Trukikaitis_Postimees, lk 186
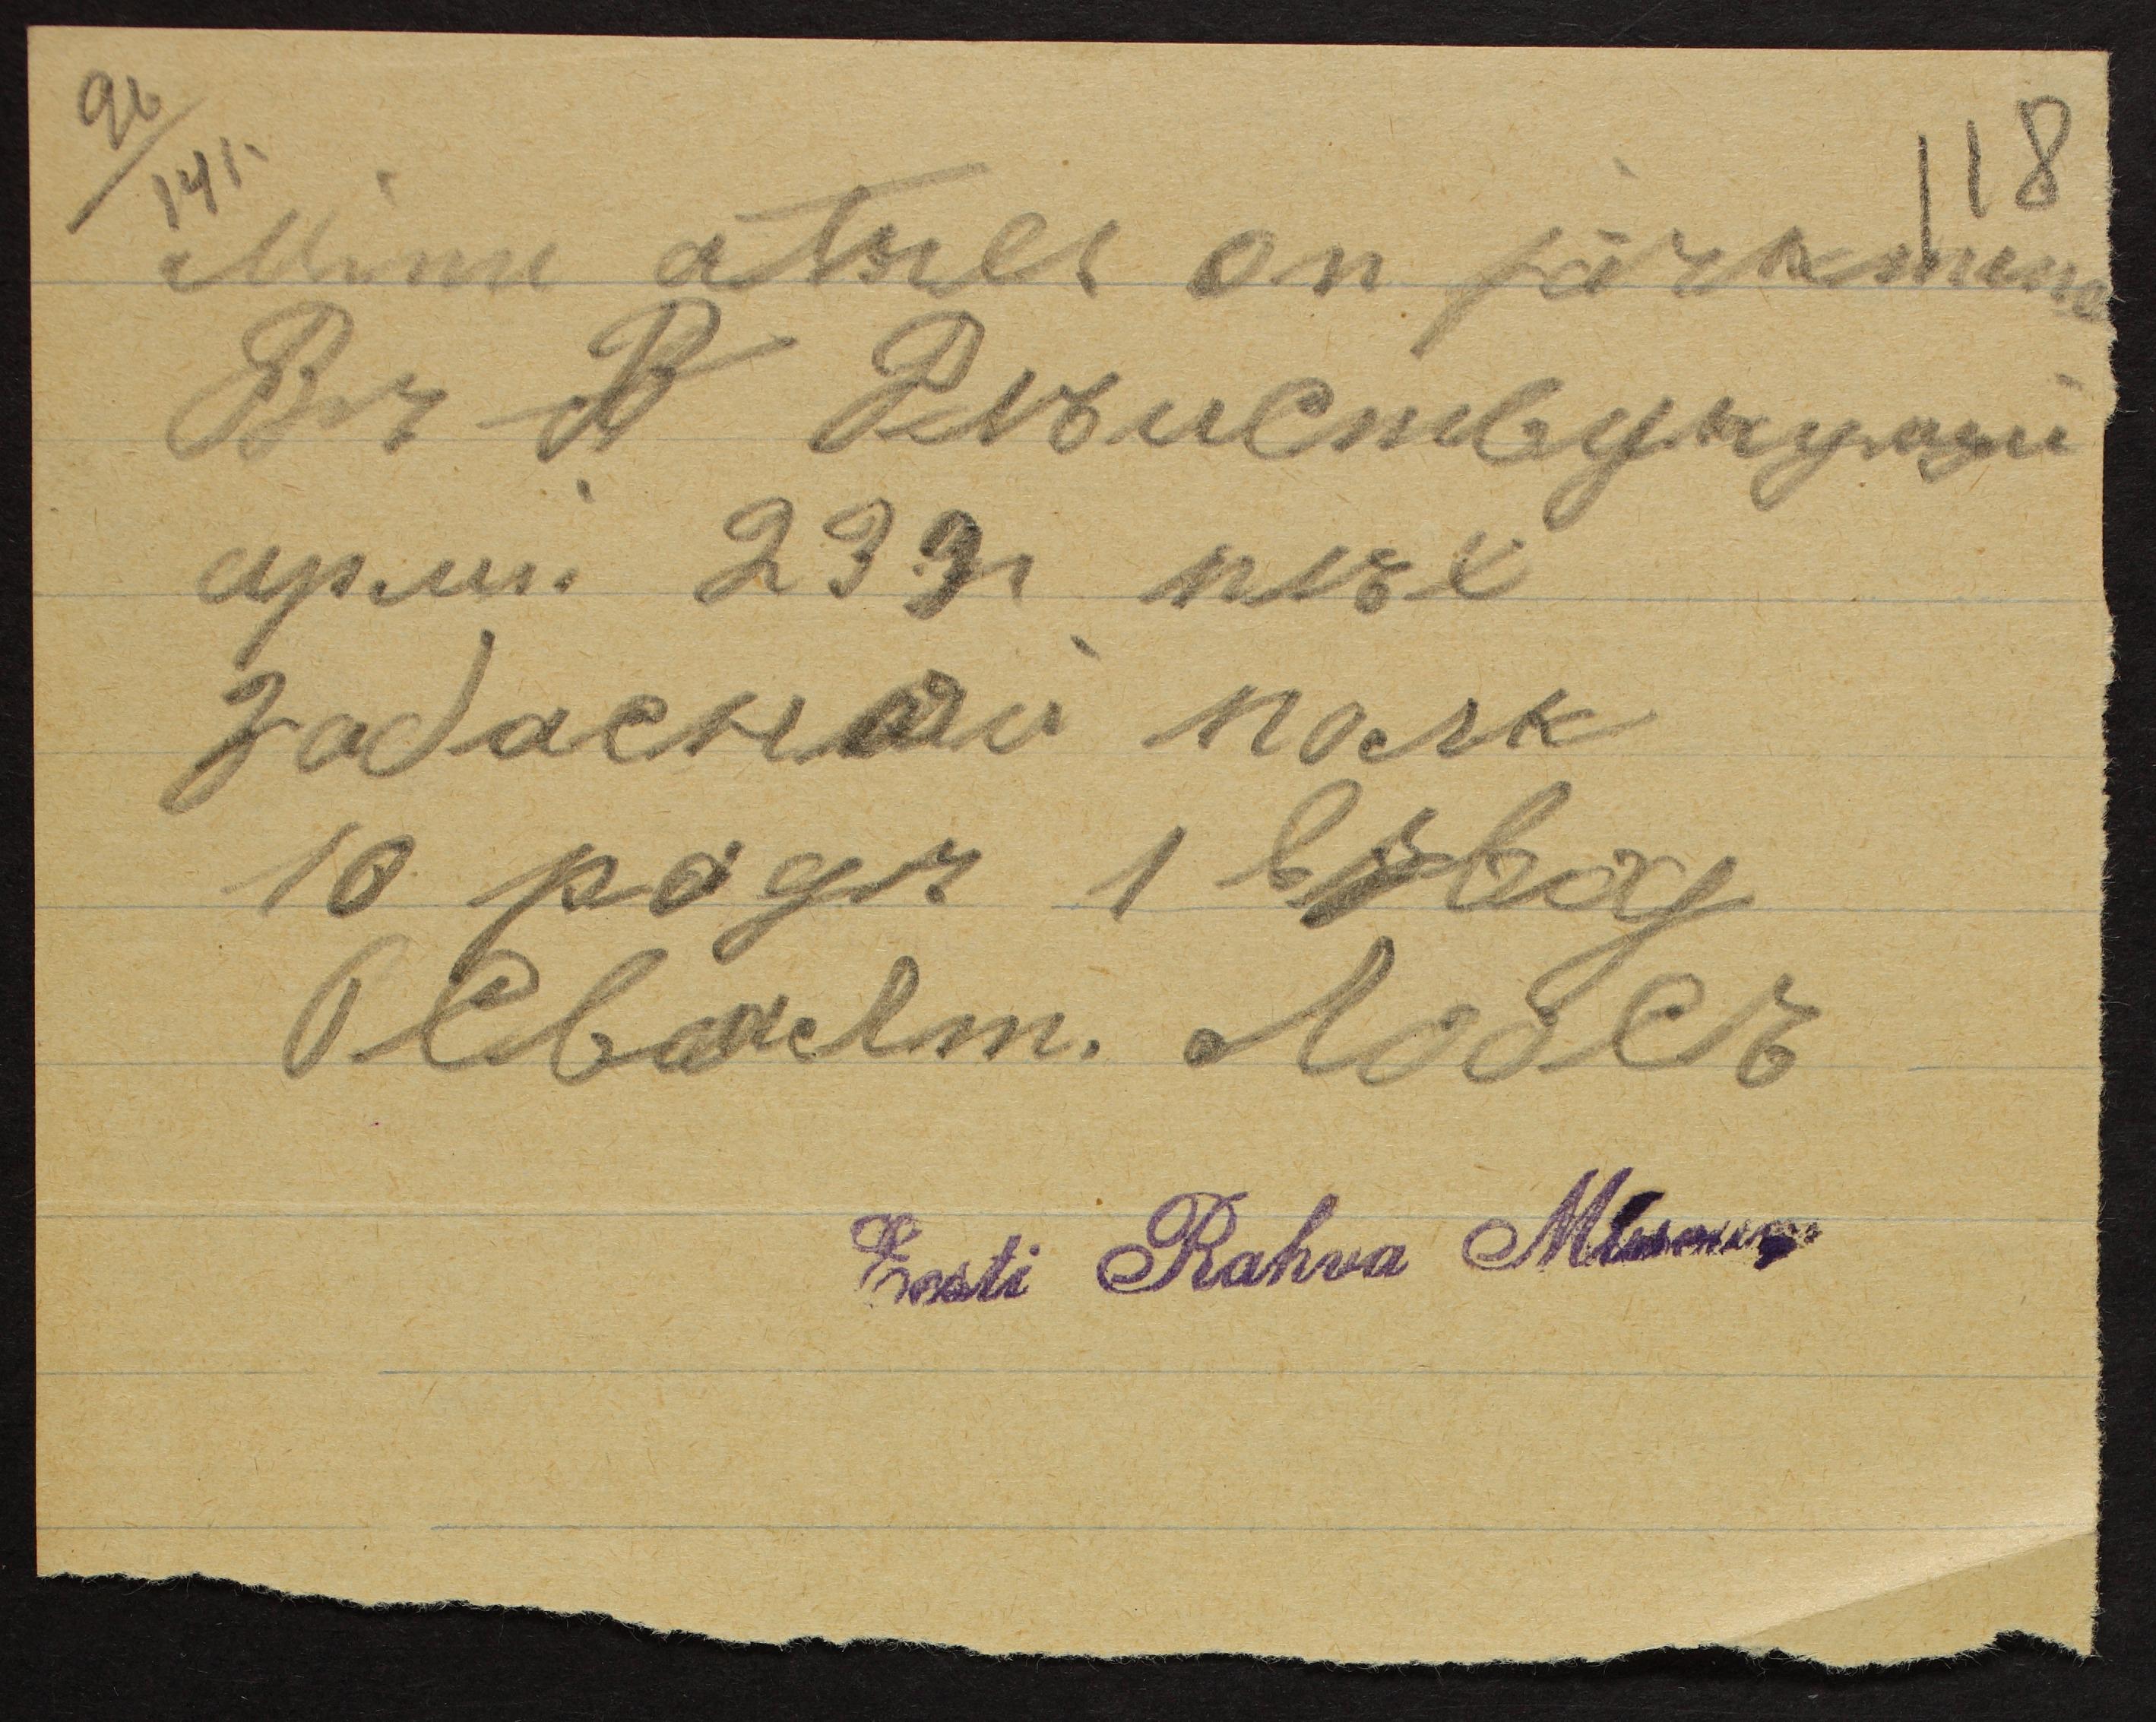
96/141.
118
Minu atres on järkmene
Eest Rahva Museum